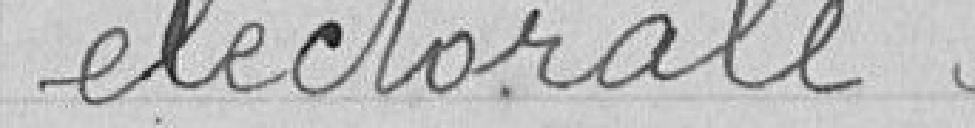
électorales